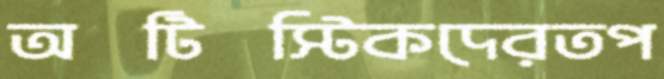
অটিস্টিকদেরতপ